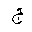
Letter: _gim